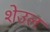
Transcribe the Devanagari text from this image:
शेउल